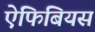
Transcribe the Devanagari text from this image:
ऐंफिबियस